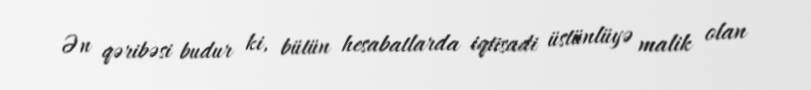
Ən qəribəsi budur ki, bütün hesabatlarda iqtisadi üstünlüyə malik olan